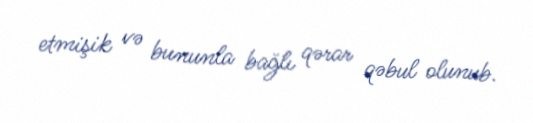
etmişik və bununla bağlı qərar qəbul olunub.